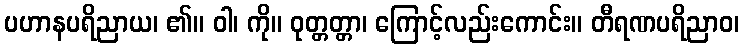
ပဟာနပရိညာယ၊ ၏။ ဝါ၊ ကို။ ဝုတ္တတ္တာ၊ ကြောင့်လည်းကောင်း။ တီရဏပရိညာဝ၊